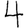
Digit: 4